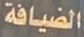
الضيافة